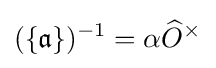
(\{{\mathfrak {a}}\})^{-1}=\alpha {\widehat {O}}^{\times }